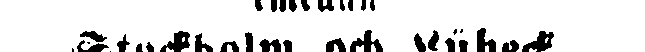
Stockholm och Lübeck